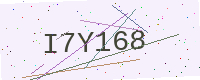
Text: I7Y168